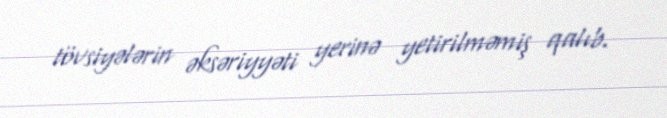
tövsiyələrin əksəriyyəti yerinə yetirilməmiş qalıb.